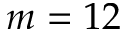
m = 1 2